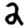
Digit: 2